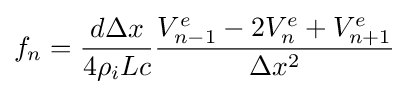
f_{n}={\frac {d\Delta x}{4\rho _{i}Lc}}{\frac {V_{n-1}^{e}-2V_{n}^{e}+V_{n+1}^{e}}{\Delta x^{2}}}